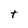
Character: t